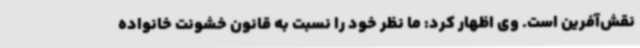
نقش‌آفرین است. وی اظهار کرد: ما نظر خود را نسبت به قانون خشونت خانواده